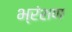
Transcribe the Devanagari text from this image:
भ्रंशण